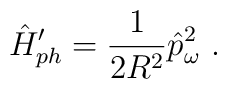
\hat{H}'_{ph}=\frac{1}{2R^2}\hat{p}^2_\omega\ .